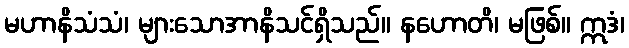
မဟာနိသံသံ၊ များသောအာနိသင်ရှိသည်။ နဟောတိ၊ မဖြစ်။ ဣဒံ၊